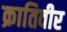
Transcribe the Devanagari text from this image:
क्रातिवीर